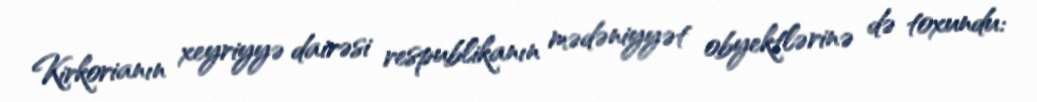
Kirkorianın xeyriyyə dairəsi respublikanın mədəniyyət obyektlərinə də toxundu: